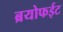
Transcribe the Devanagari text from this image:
ब्रयोफईट